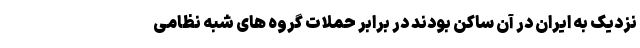
نزدیک به ایران در آن ساکن بودند در برابر حملات گروه های شبه نظامی